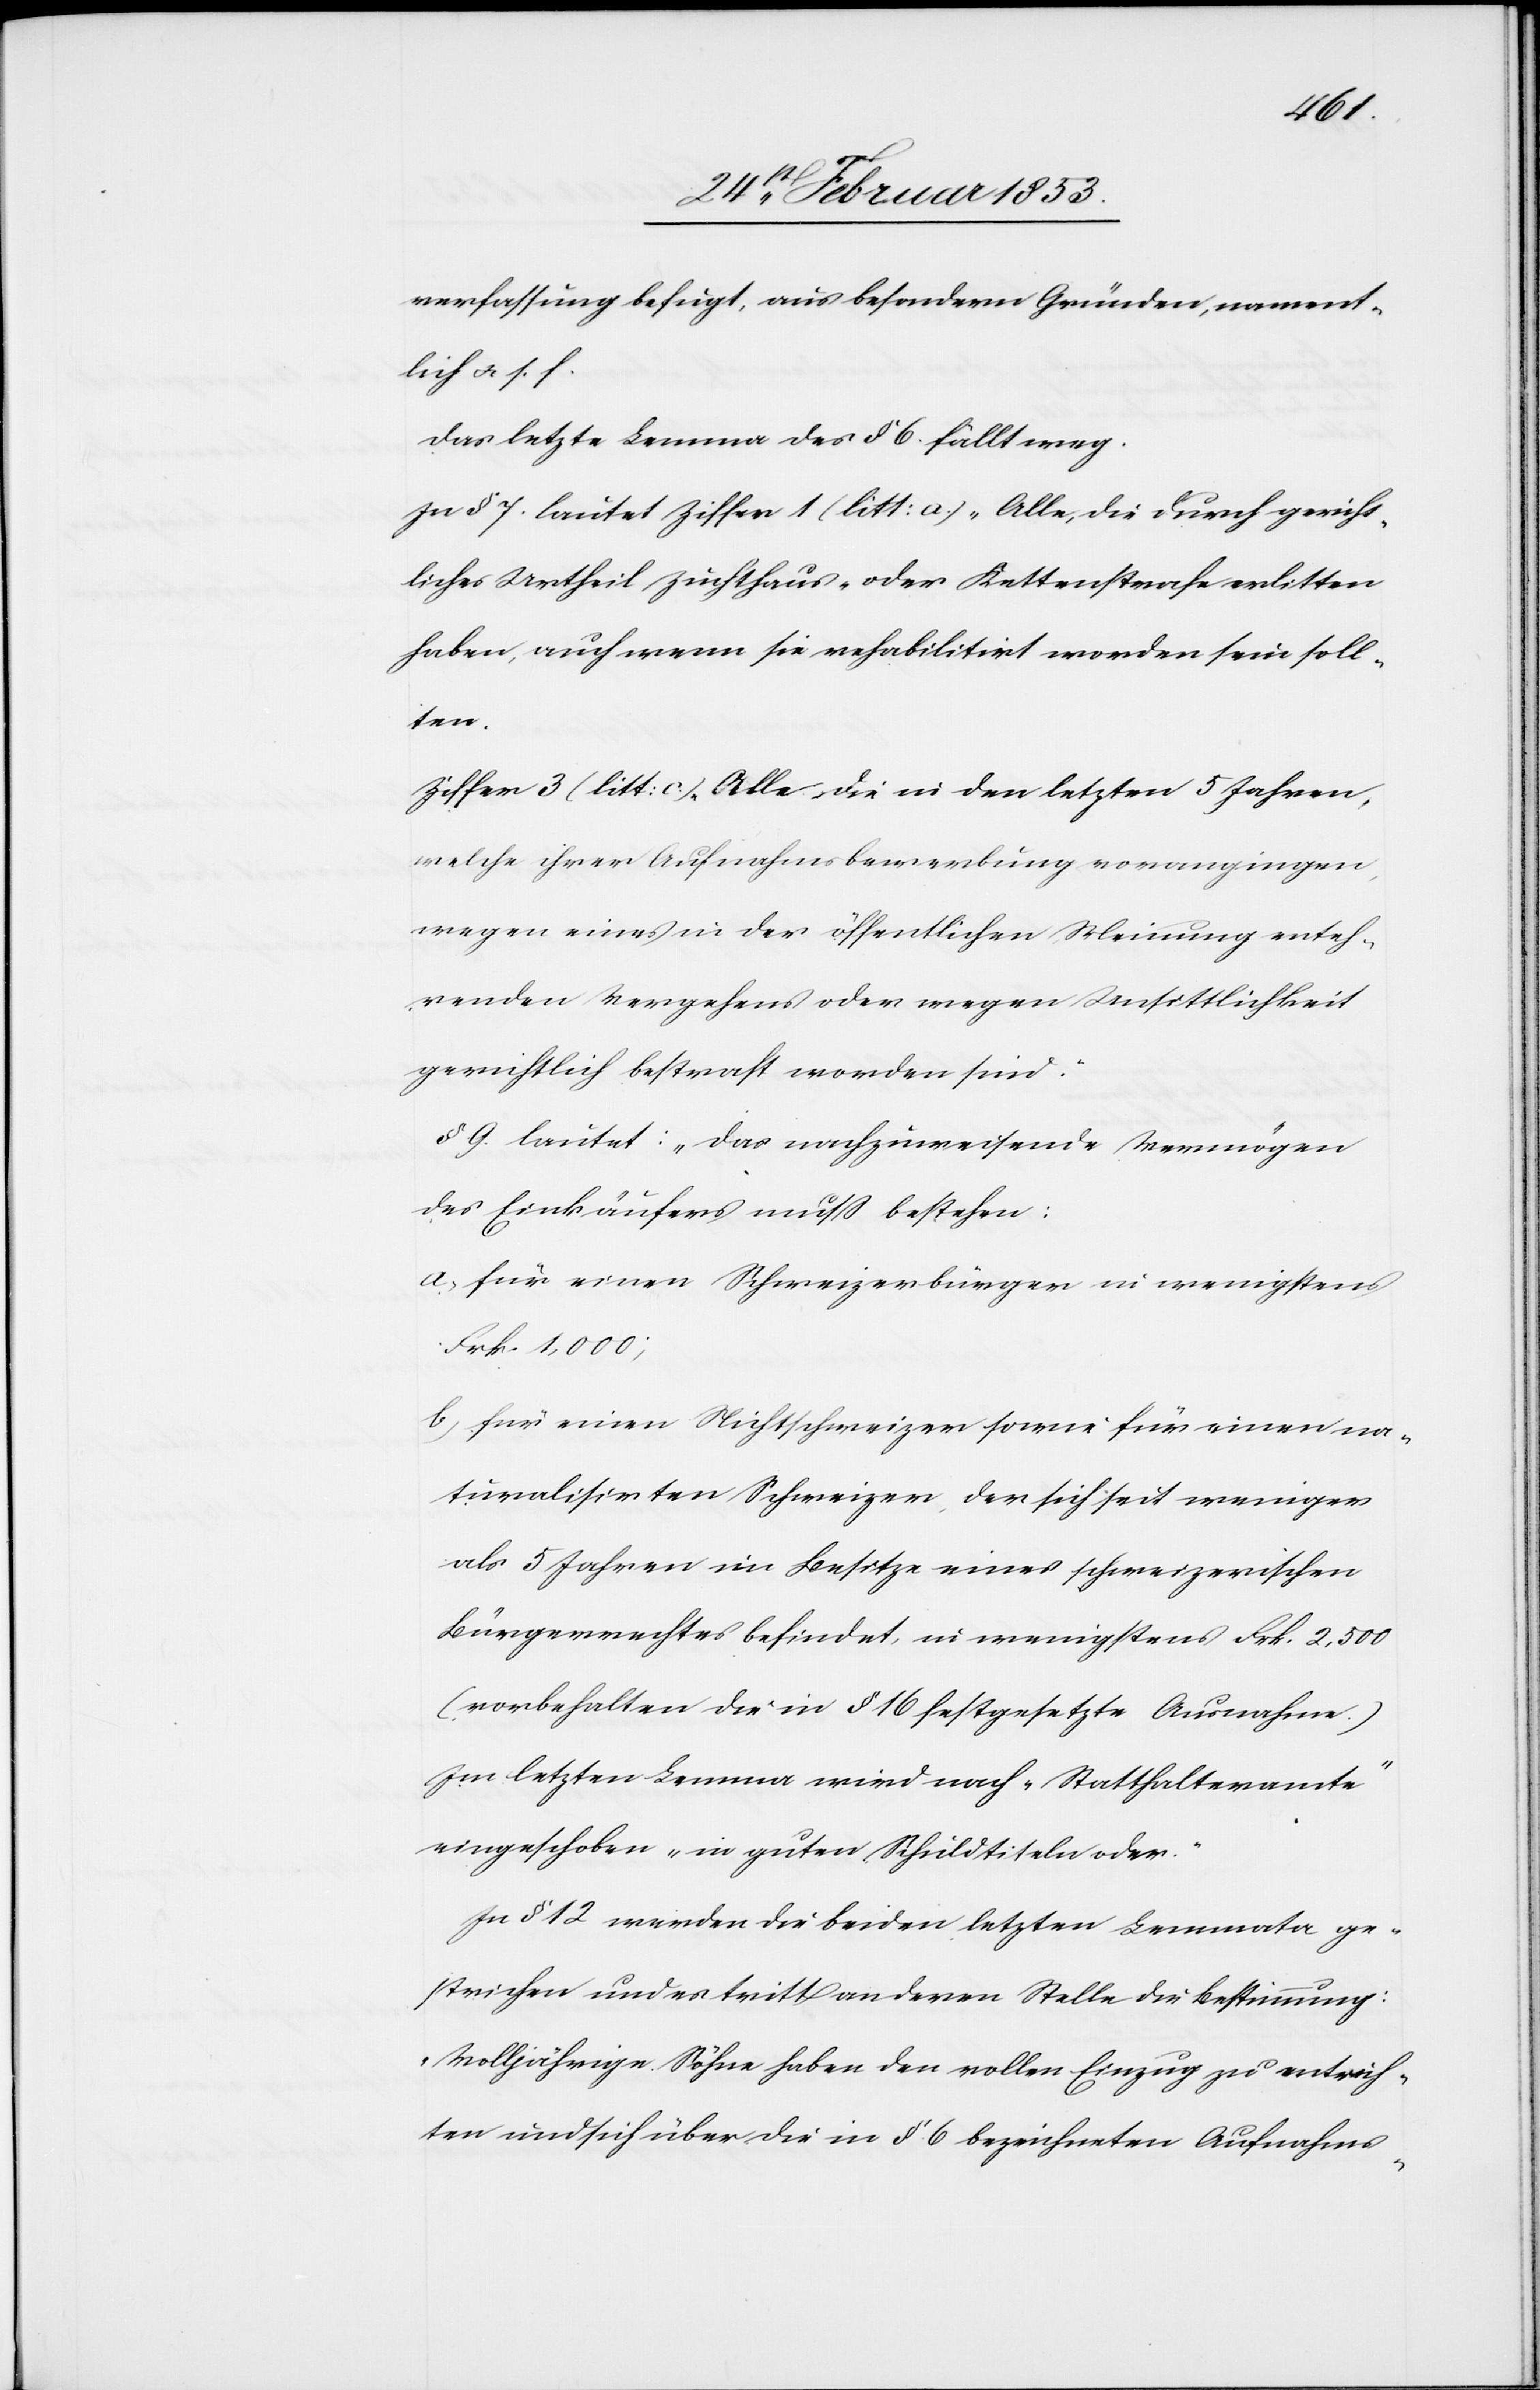
verfassung befugt, aus besondern Gründen, nament¬
lich u. s. f.
Das letzte Lemma des § 6 fällt weg.
In § 7 lautet Ziffer § (litt: a) „Alle, die durch gericht¬
liches Urtheil Zuchthaus- oder Kettenstrafe erlitten
haben, auch wenn sie rehabilitirt worden sein soll¬
ten.[“]
Ziffer 3 (litt: c) „Alle, die in den letzten 5 Jahren,
welche ihrer Aufnahmsbewerbung vorangingen,
wegen eines in der öffentlichen Meinung enteh¬
renden Verfahrens oder wegen Unsittlichkeit
gerichtlich bestraft worden sind.“
§ 9. lautet: „das nachzuweisende Vermögen
des Einkäufers muß bestehen:
a, für einen Schweizerbürger in wenigstens
Frk. 1000;
b, für einen Nichtschweizer sowie für einen na¬
turalisirten Schweizer, der sich seit weniger
als 5 Jahren im Besitze eines schweizerischen
Bürgerrechtes befindet, in wenigstens Frk. 2,500
(vorbehalten die in § 16 festgesetzte Ausnahme.)
Im letzten Lemma wird nach „Statthalteramte“
eingeschoben „in guten Schuldtiteln oder.“
In § 12 werden die beiden letzten Lemmata ge¬
strichen und es tritt an deren Stelle die Bestimmung:
„Volljährige Söhne haben den vollen Einzug zu entrich¬
ten und sich über die in § 6 bezeichneten Aufnahms-